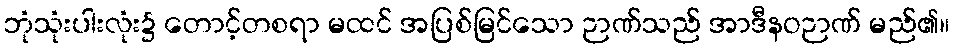
ဘုံသုံးပါးလုံး၌ တောင့်တစရာ မထင် အပြစ်မြင်သော ဉာဏ်သည် အာဒီနဝဉာဏ် မည်၏။